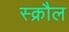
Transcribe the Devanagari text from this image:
स्क्रौल